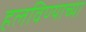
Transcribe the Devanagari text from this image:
हलविण्याच्या